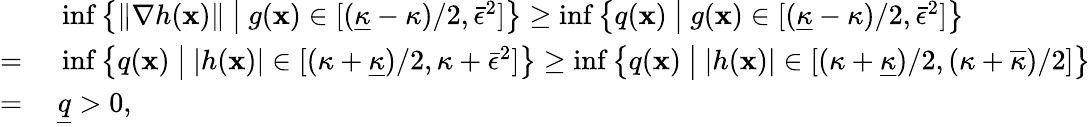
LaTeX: \begin{array}{rl}&{~\operatorname*{inf}\left\{ \| \nabla h({\mathbf x})\| ~\big|~g({\mathbf x})\in[(\underline{\kappa}-\kappa)/2,\bar{\epsilon}^{2}]\right\} \geq\operatorname*{inf}\left\{ q({\mathbf x})~\big|~g({\mathbf x})\in[(\underline{\kappa}-\kappa)/2,\bar{\epsilon}^{2}]\right\} }\\ {=}&{~\operatorname*{inf}\left\{ q({\mathbf x})~\big|~|h({\mathbf x})|\in[(\kappa+\underline{\kappa})/2,\kappa+\bar{\epsilon}^{2}]\right\} \geq\operatorname*{inf}\left\{ q({\mathbf x})~\big|~|h({\mathbf x})|\in[(\kappa+\underline{\kappa})/2,(\kappa+\overline{\kappa})/2]\right\} }\\ {=}&{~\underline{{q}}>0,}\end{array}